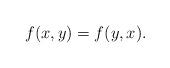
LaTeX: \begin{align*}f(x,y)=f(y,x).\end{align*}